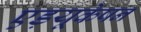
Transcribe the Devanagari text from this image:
एड़यूकेषन